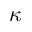
\kappa